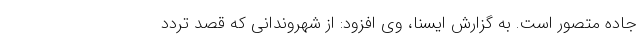
جاده متصور است. به گزارش ایسنا، وی افزود: از شهروندانی که قصد تردد